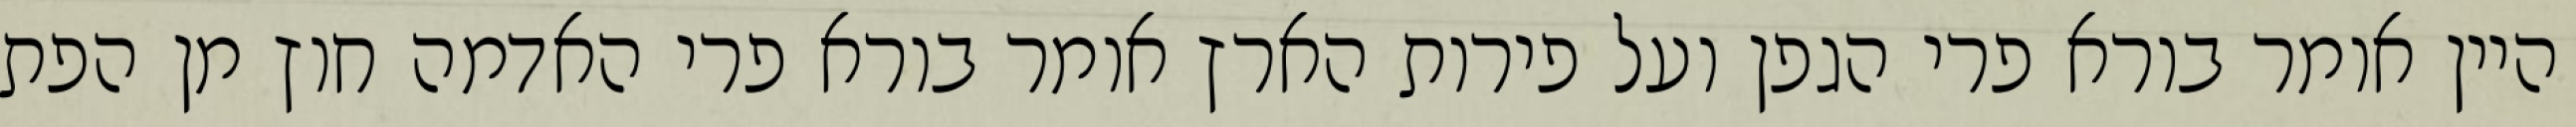
היין אומר בורא פרי הגפן ועל פירות הארץ אומר בורא פרי האדמה חוץ מן הפת